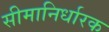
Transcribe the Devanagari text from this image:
सीमानिर्धारक